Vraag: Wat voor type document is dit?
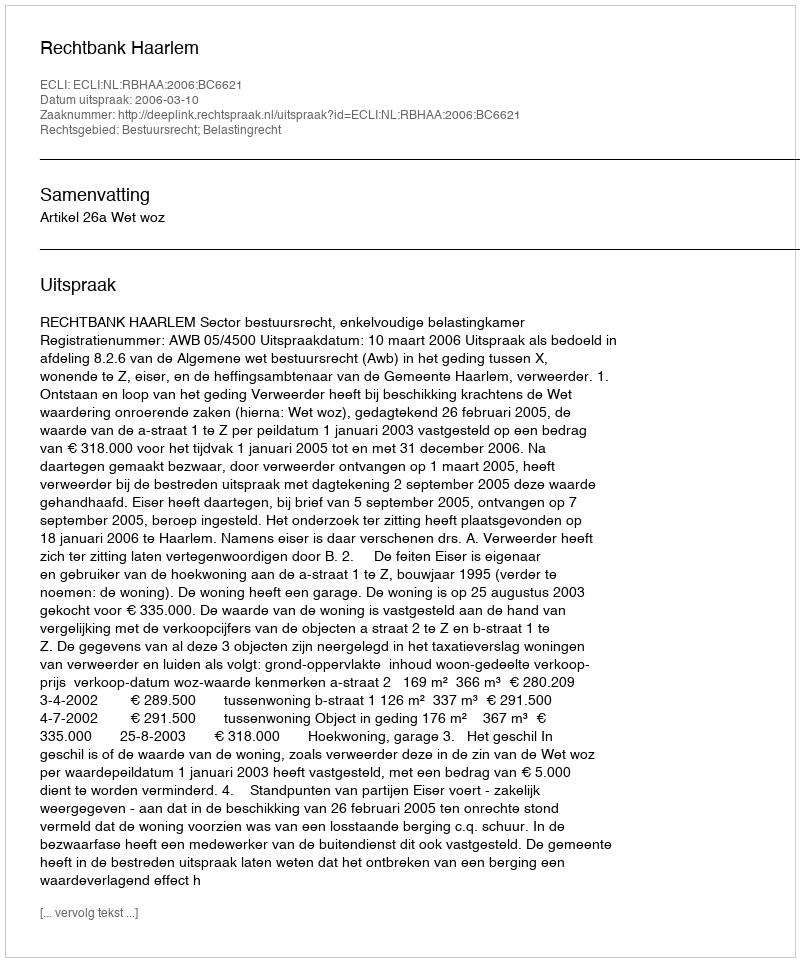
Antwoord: Uitspraak